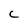
Character: C